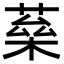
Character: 𦶖